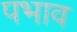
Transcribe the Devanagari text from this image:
पभाव